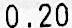
0.20